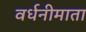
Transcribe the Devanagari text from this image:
वर्धनीमाता